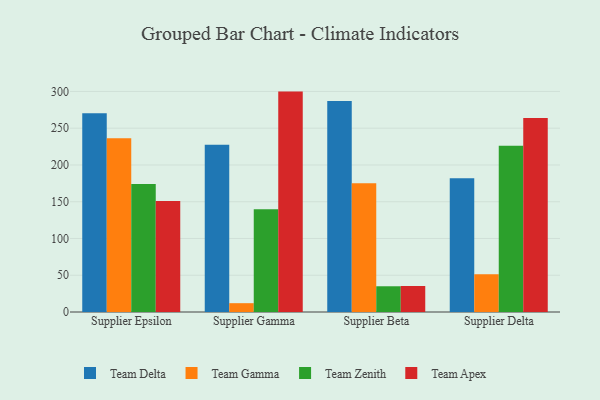
{"axis": {"x": "Supplier", "y": "Temperature (°C)"}, "legend": ["Team Apex", "Team Delta", "Team Gamma", "Team Zenith"], "data": [{"x": "Supplier Epsilon", "y": 270.5, "type": "Team Delta"}, {"x": "Supplier Epsilon", "y": 236.2, "type": "Team Gamma"}, {"x": "Supplier Epsilon", "y": 174.0, "type": "Team Zenith"}, {"x": "Supplier Epsilon", "y": 151.1, "type": "Team Apex"}, {"x": "Supplier Gamma", "y": 227.6, "type": "Team Delta"}, {"x": "Supplier Gamma", "y": 12.0, "type": "Team Gamma"}, {"x": "Supplier Gamma", "y": 139.9, "type": "Team Zenith"}, {"x": "Supplier Gamma", "y": 299.8, "type": "Team Apex"}, {"x": "Supplier Beta", "y": 286.9, "type": "Team Delta"}, {"x": "Supplier Beta", "y": 175.3, "type": "Team Gamma"}, {"x": "Supplier Beta", "y": 35.0, "type": "Team Zenith"}, {"x": "Supplier Beta", "y": 35.4, "type": "Team Apex"}, {"x": "Supplier Delta", "y": 182.1, "type": "Team Delta"}, {"x": "Supplier Delta", "y": 51.2, "type": "Team Gamma"}, {"x": "Supplier Delta", "y": 226.0, "type": "Team Zenith"}, {"x": "Supplier Delta", "y": 264.0, "type": "Team Apex"}]}